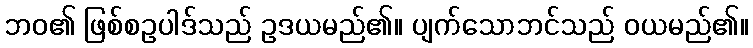
ဘဝ၏ ဖြစ်စဥပါဒ်သည် ဥဒယမည်၏။ ပျက်သောဘင်သည် ဝယမည်၏။